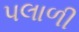
પલાળી